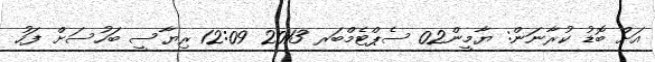
އަށް ބޮޑު ކުރާނަން: ޔާމީން02 ސެޕްޓެމްބަރ 2013 12:09 ރިޔާސީ ބަހުސަށް ފަހު